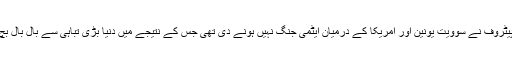
اسٹینسلے پیٹروف نے سوویت یونین اور امریکا کے درمیان ایٹمی جنگ نہیں ہونے دی تھی جس کے نتیجے میں دنیا بڑی تباہی سے بال بال بچ گئی تھی۔